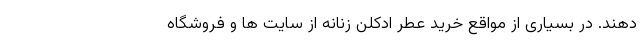
دهند. در بسیاری از مواقع خرید عطر ادکلن زنانه از سایت ها و فروشگاه